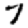
Digit: 7